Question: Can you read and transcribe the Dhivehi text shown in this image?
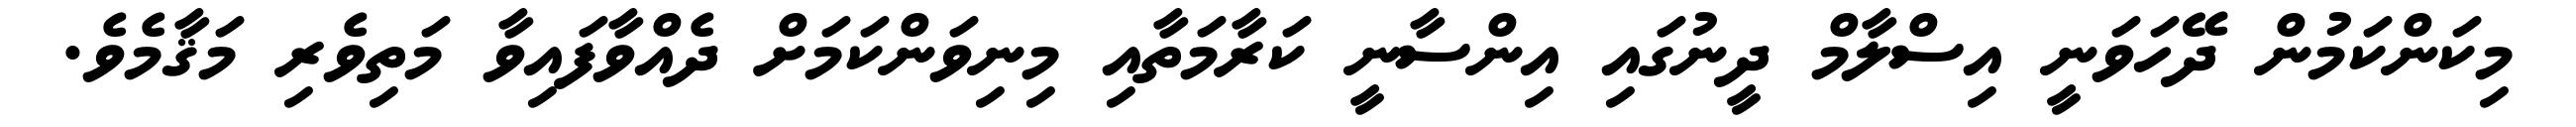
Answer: މިކަންކަމުން ދޭހަވަނީ އިސްލާމް ދީނުގައި އިންސާނީ ކަރާމަތާއި މިނިވަންކަމަށް ދެއްވާފައިވާ މަތިވެރި މަޤާމެވެ.